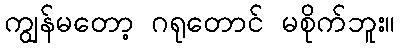
ကျွန်မတော့ ဂရုတောင် မစိုက်ဘူး။